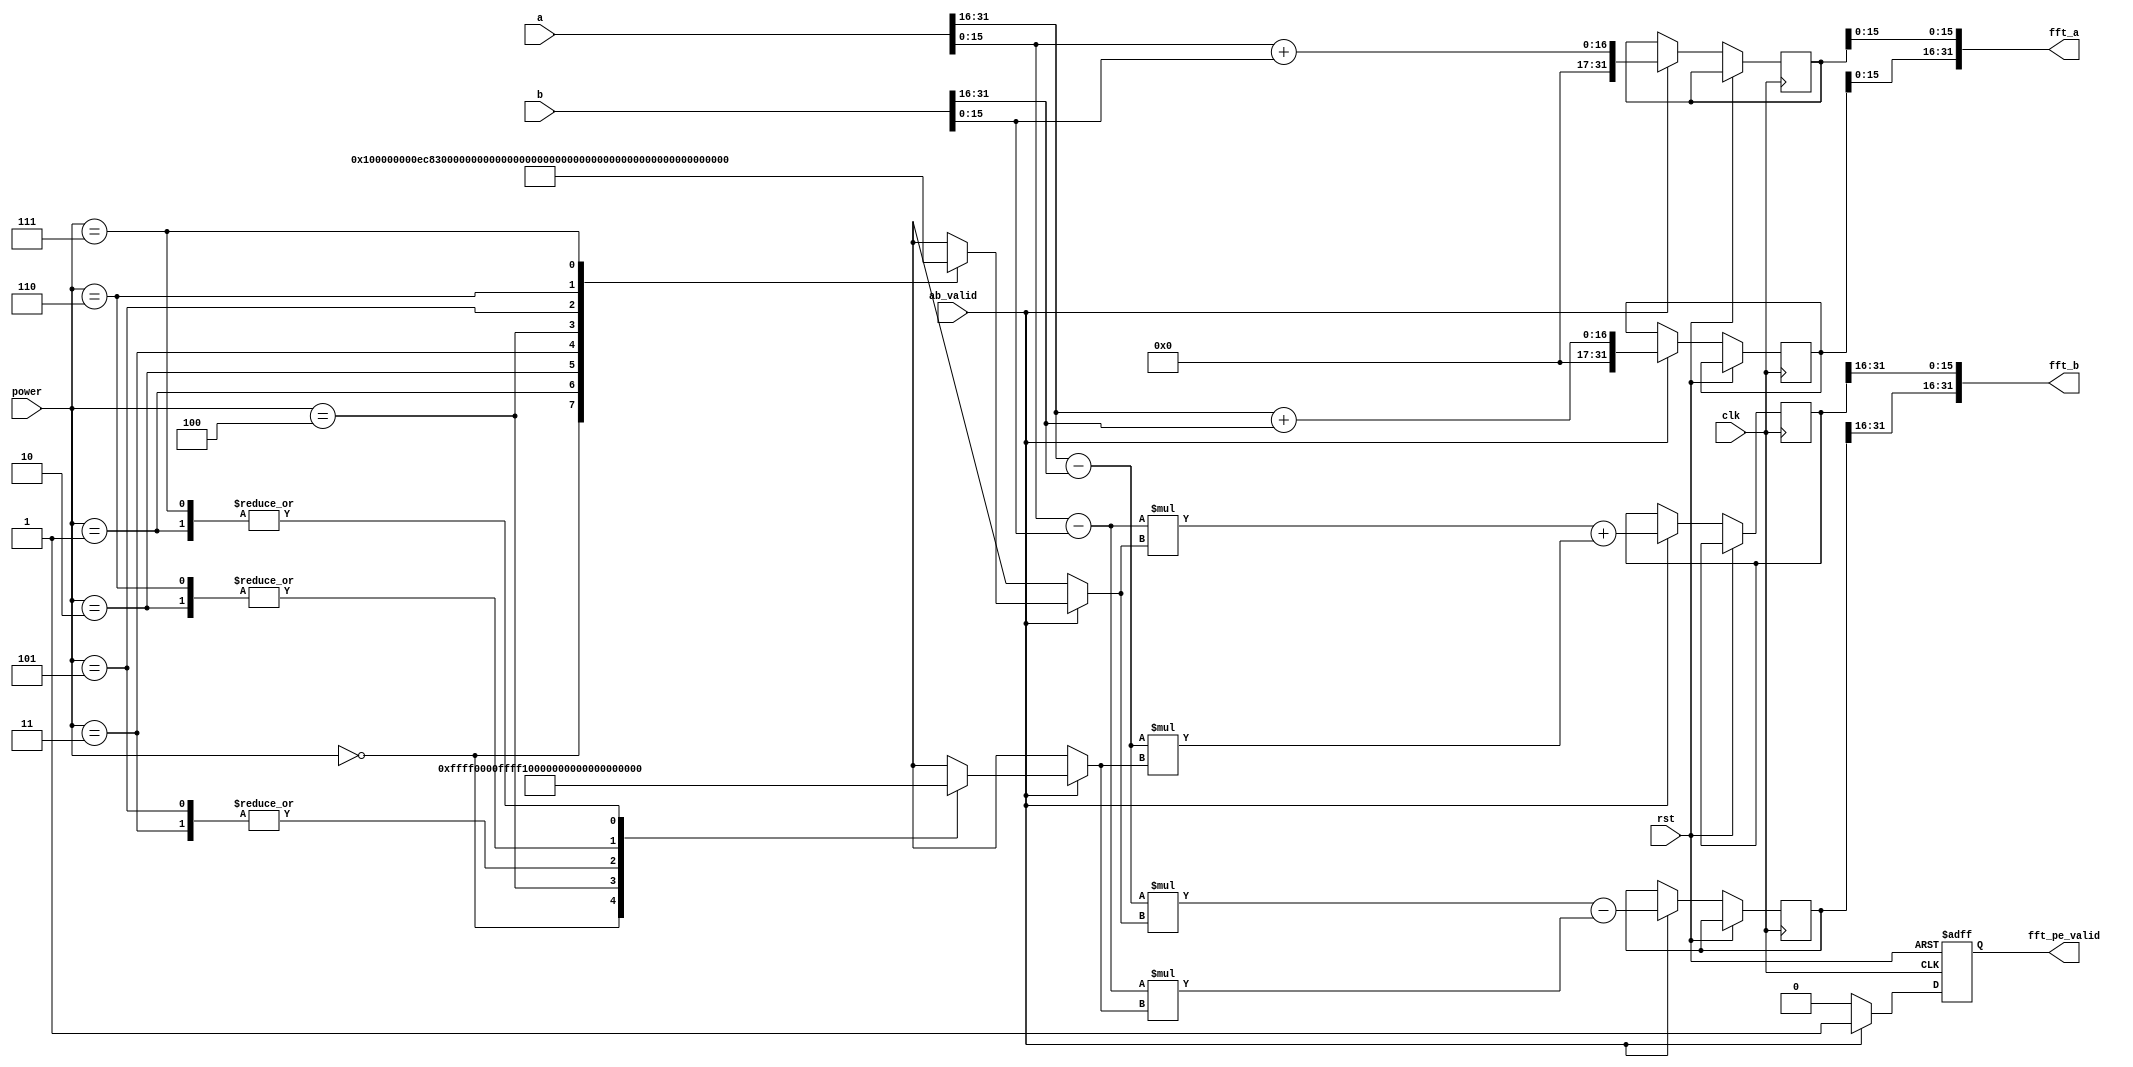
module FFT_PE(
			 clk,
			 rst,
			 a,
			 b,
			 power,
			 ab_valid,
			 fft_a,
			 fft_b,
			 fft_pe_valid
			 );
input clk, rst;
input signed [31:0] a, b;
input [2:0] power;
input ab_valid;
output [31:0] fft_a, fft_b;
output reg fft_pe_valid;

wire signed [31:0] w_r [7:0];
wire signed [31:0] w_i [7:0];

// real
wire signed [31:0] a_i, c_i;
// image
wire signed [31:0] b_i, d_i; 

reg signed [31:0] fft_a_r, fft_b_r;
reg signed [31:0] fft_a_i, fft_b_i;

assign a_i = a[31:16];
assign b_i = a[15:0];
assign c_i = b[31:16];
assign d_i = b[15:0];

assign fft_a = {fft_a_r[15:0], fft_a_i[15:0]};
assign fft_b = {fft_b_r[31:16], fft_b_i[31:16]};

assign w_r[0] = 32'h00010000;
assign w_r[1] = 32'h0000EC83;
assign w_r[2] = 32'h0000B504;
assign w_r[3] = 32'h000061F7;
assign w_r[4] = 32'h00000000;
assign w_r[5] = 32'hFFFF9E09;
assign w_r[6] = 32'hFFFF4AFC;
assign w_r[7] = 32'hFFFF137D;

assign w_i[0] = 32'h00000000;
assign w_i[1] = 32'hFFFF9E09;
assign w_i[2] = 32'hFFFF4AFC;
assign w_i[3] = 32'hFFFF137D;
assign w_i[4] = 32'hFFFF0000;
assign w_i[5] = 32'hFFFF137D;
assign w_i[6] = 32'hFFFF4AFC;
assign w_i[7] = 32'hFFFF9E09;

wire signed [64:0] debug;
assign debug = (a_i-c_i)*w_r[0];

always@(posedge clk or posedge rst) begin
	if(rst == 1) begin
		fft_pe_valid <= 0;
	end
	else begin
		if(ab_valid) begin
			fft_a_r <= (a_i+c_i);
			fft_a_i <= (b_i+d_i);

			fft_b_r <= (a_i-c_i)*w_r[power]-(b_i-d_i)*w_i[power];
			fft_b_i <= (b_i-d_i)*w_r[power]+(a_i-c_i)*w_i[power];		

			fft_pe_valid <= 1;
		end
		else fft_pe_valid <= 0;
	end
end

endmodule